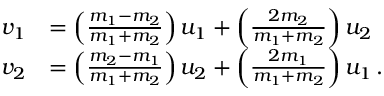
{ \begin{array} { r l } { v _ { 1 } } & { = \left( { \frac { m _ { 1 } - m _ { 2 } } { m _ { 1 } + m _ { 2 } } } \right) u _ { 1 } + \left( { \frac { 2 m _ { 2 } } { m _ { 1 } + m _ { 2 } } } \right) u _ { 2 } } \\ { v _ { 2 } } & { = \left( { \frac { m _ { 2 } - m _ { 1 } } { m _ { 1 } + m _ { 2 } } } \right) u _ { 2 } + \left( { \frac { 2 m _ { 1 } } { m _ { 1 } + m _ { 2 } } } \right) u _ { 1 } \, . } \end{array} }